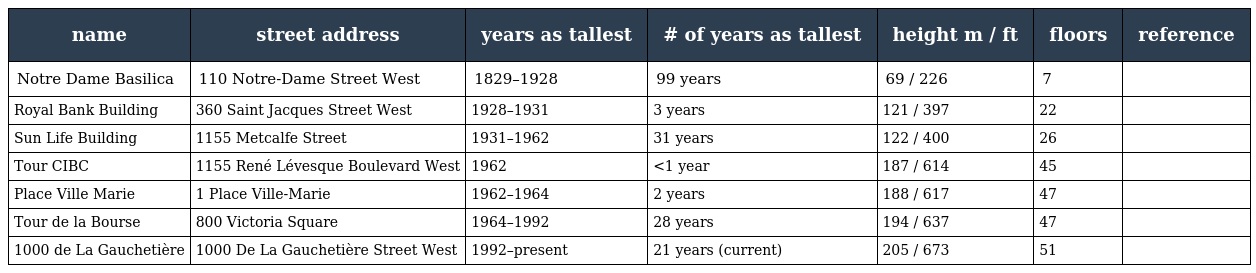
| name | street address | years as tallest | # of years as tallest | height m / ft | floors | reference |
 | --- | --- | --- | --- | --- | --- | --- |
 | Notre Dame Basilica | 110 Notre-Dame Street West | 1829–1928 | 99 years | 69 / 226 | 7 |  |
 | Royal Bank Building | 360 Saint Jacques Street West | 1928–1931 | 3 years | 121 / 397 | 22 |  |
 | Sun Life Building | 1155 Metcalfe Street | 1931–1962 | 31 years | 122 / 400 | 26 |  |
 | Tour CIBC | 1155 René Lévesque Boulevard West | 1962 | <1 year | 187 / 614 | 45 |  |
 | Place Ville Marie | 1 Place Ville-Marie | 1962–1964 | 2 years | 188 / 617 | 47 |  |
 | Tour de la Bourse | 800 Victoria Square | 1964–1992 | 28 years | 194 / 637 | 47 |  |
 | 1000 de La Gauchetière | 1000 De La Gauchetière Street West | 1992–present | 21 years (current) | 205 / 673 | 51 |  |